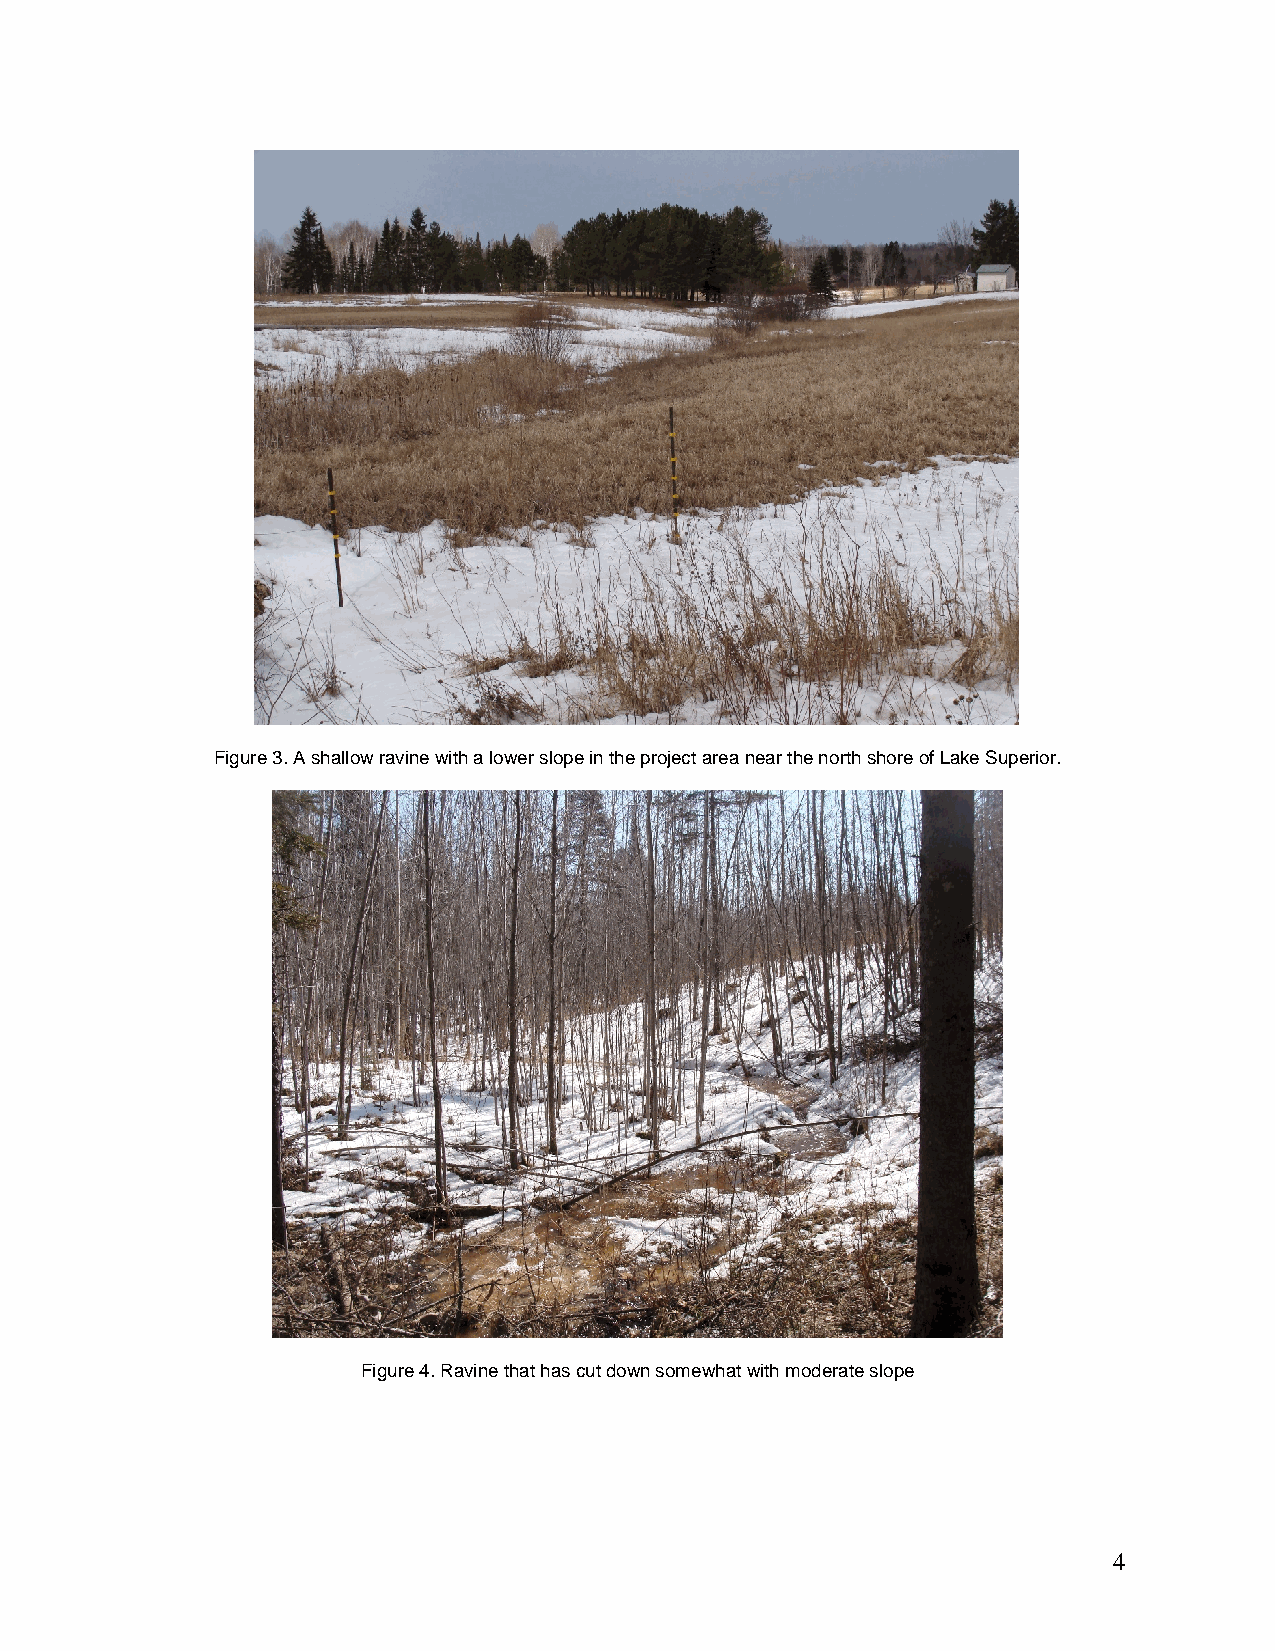
Figure 3. A shallow ravine with a lower slope in the project area near the north shore of Lake Superior.
 Figure 4. Ravine that has cut down somewhat with moderate slope
 4